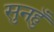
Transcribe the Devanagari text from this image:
सुनहुँ